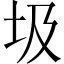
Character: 圾